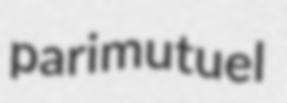
parimutuel